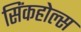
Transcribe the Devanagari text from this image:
सिंकहोल्स